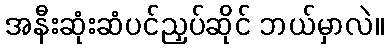
အနီးဆုံးဆံပင်ညှပ်ဆိုင် ဘယ်မှာလဲ။